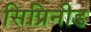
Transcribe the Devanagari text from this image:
सिप्रिनीड